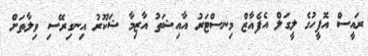
ރައީސް އޮފީހުގެ ލީގަލް އެފެއާޒް މިނސްޓަރު އާއިޝަތު އާޒިމާ ޝަކޫރު އިނގިރޭސި ވިލާތަށް